Paatsalu_vallavalitsus, lk 7
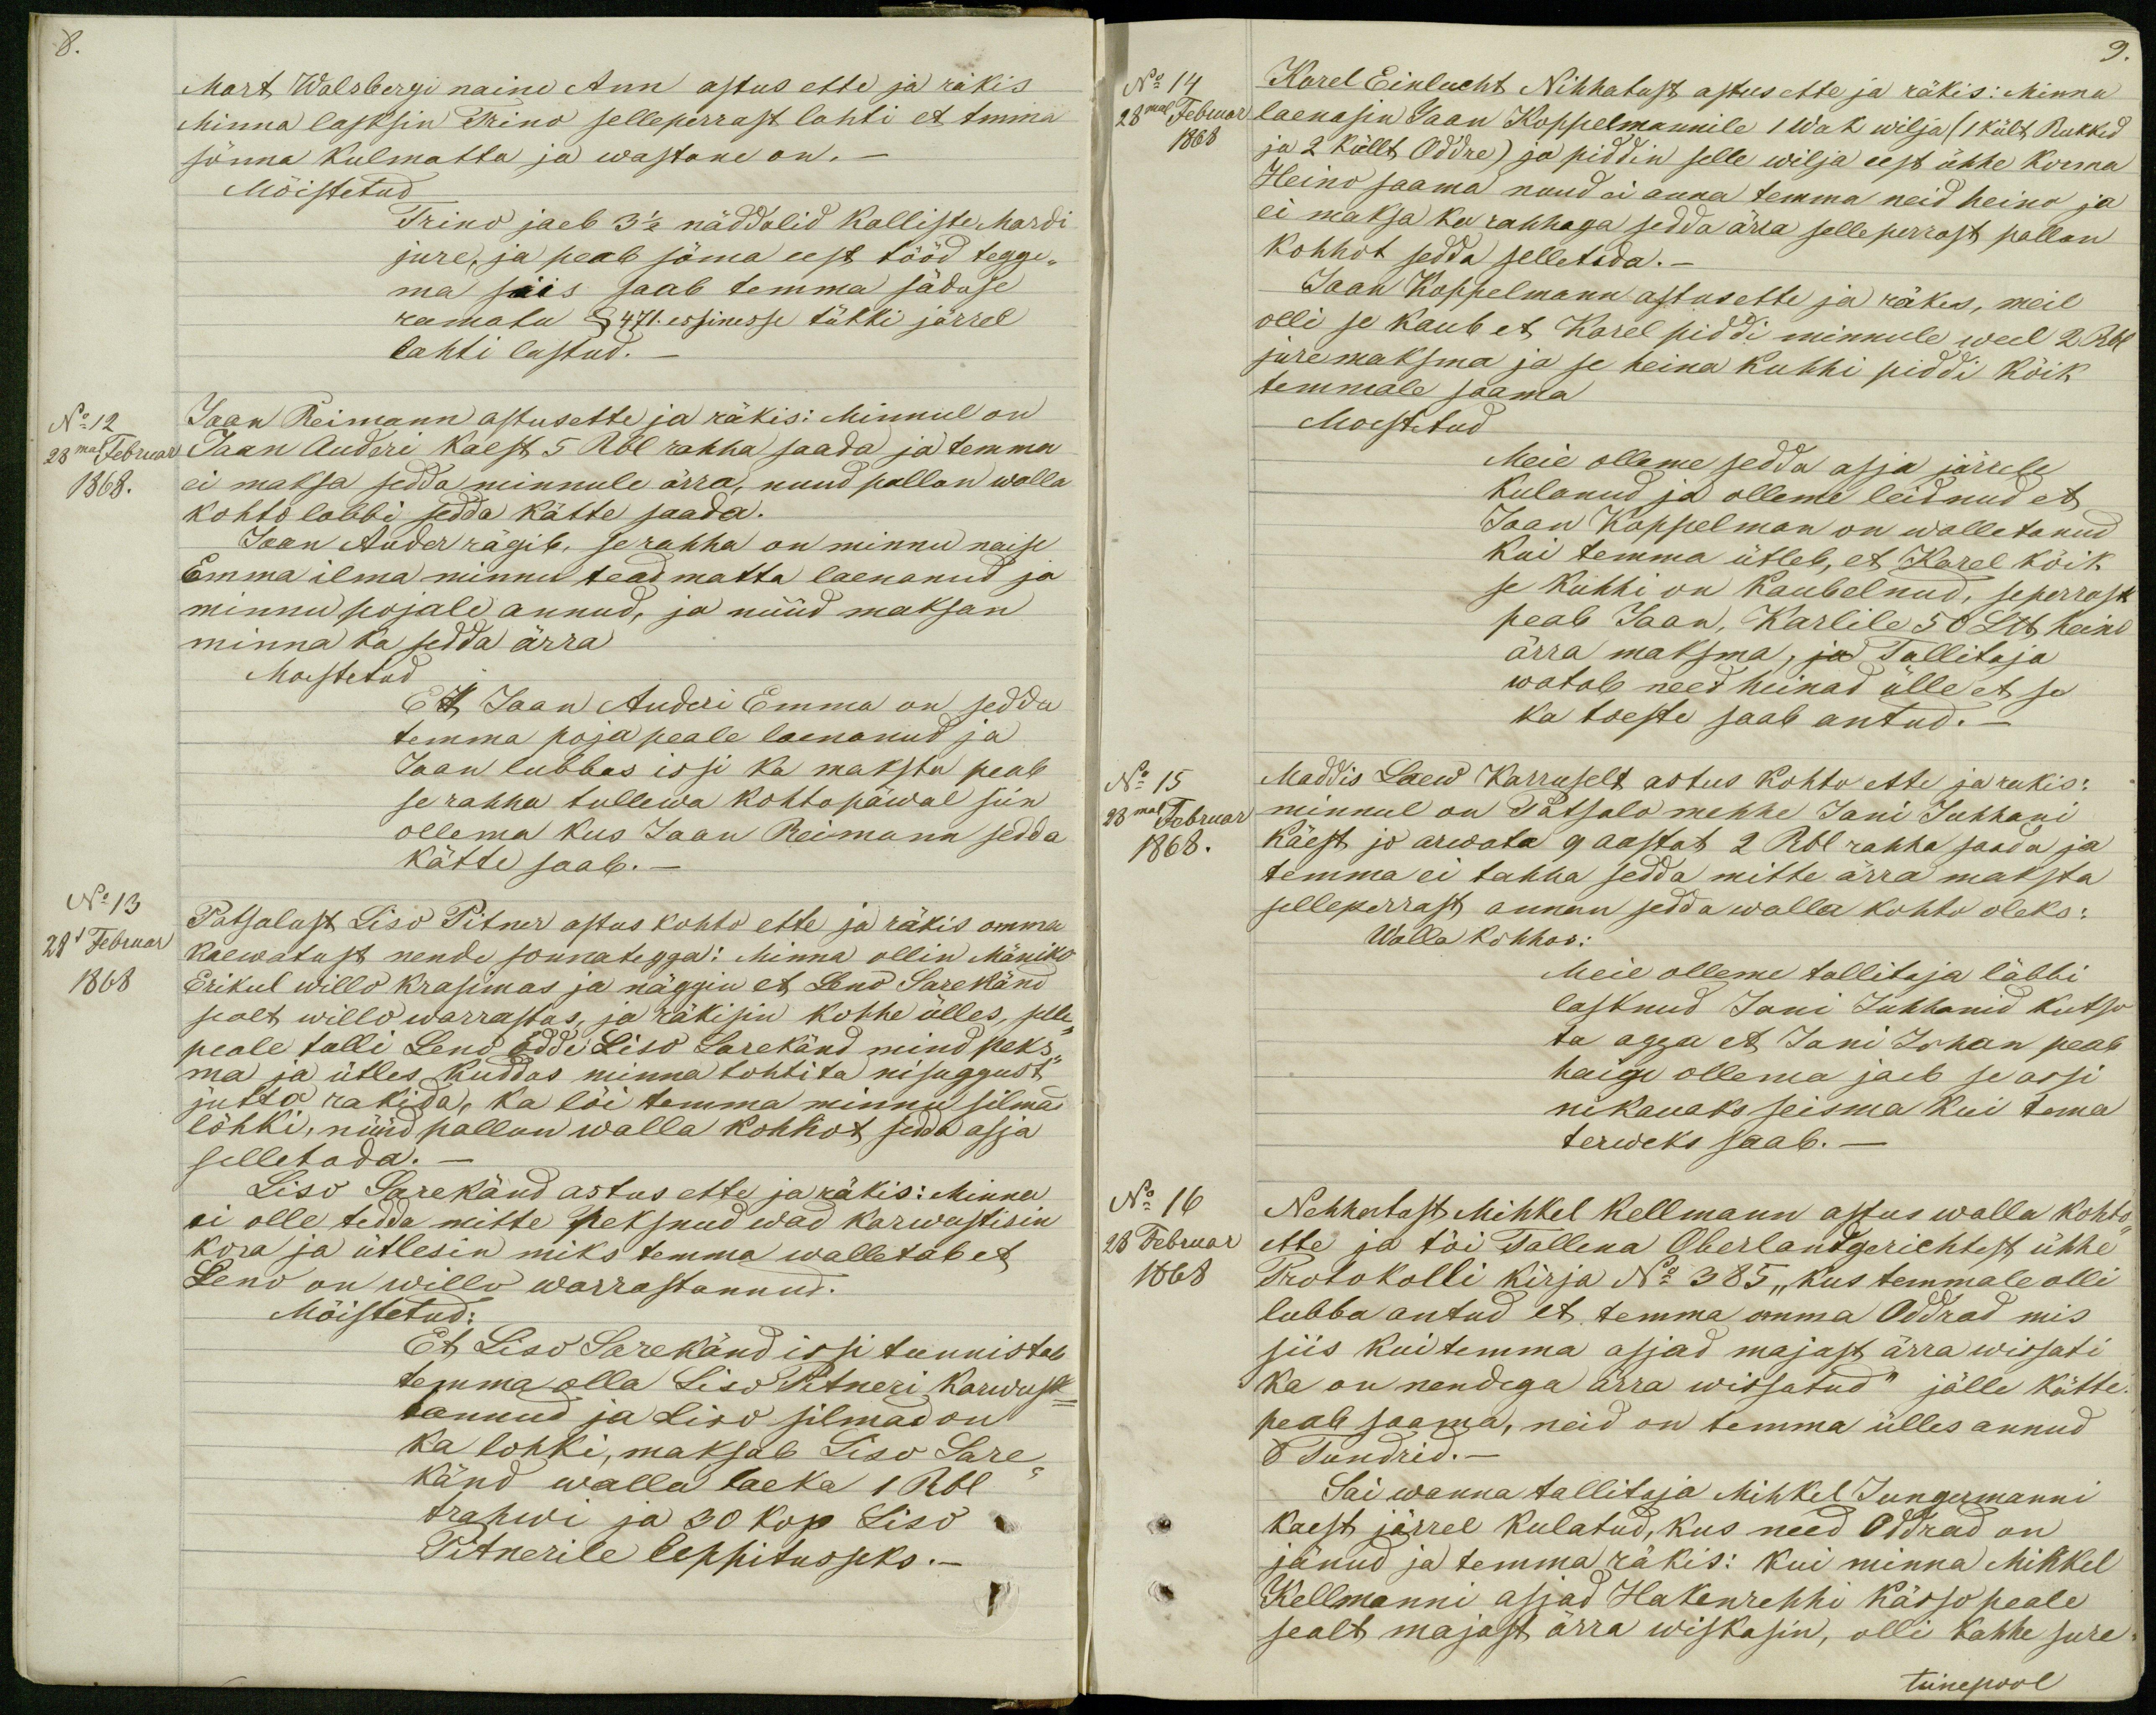
8.
Mart Walsbergi naine Ann astus ette ja räkis
Minna lasksin Trino selleperrast lahti et temma
sõnna kulmatta ja wastane on._
Mõistetud
Trino jaeb 3 1/2 näddalid Kalliste Mardi
jure, ja peab söma eest tööd tegge-
ma siis saab temma säduse
ramatu § 471. essinesse tükki järrel
lahti lastud. _
No 12
Jaan Reimann astus ette ja räkis: Minnul on
28mal Februar
Jaan Auderi kaest 5 Rbl rahha saada ja temma
1868.
ei maksa sedda minnule ärra, nuud pallun walla
kohto labbi sedda kätte saada.
Jaan Auder rägib, se rahha on minnu naise
Emma ilma minnu teadmatta laenanud ja
minnu pojale annud, ja nüüd maksan
minna ka sedda ärra
Moistetud
Et Jaan Auderi Emma on sedda
temma poja peale laenanud ja
Jaan lubbas issi ka maksta peab
se rahha tullewa kohtopäwal siin
ollema kus Jaan Reimann sedda
kätte saab._
No 13
Patsalust Liso Pitner astus kohto ette ja räkis omma
28l Februar
kaewatust nende sonnategga: Minna ollin Mäniko
1868
Erikul willo krasimas ja näggin et Leno Sarekänd
sealt willo warrastas, ja räkisin kohhe ülles, selle-
peale tulli Leno odde Liso Sarekänd mind peks-
ma ja ütles kuddas minna tohtita nisuggust
jutto rakida, ka lõi temma minnu silmad
lõhki, nüüd pallun walla kohhot sedda asja
selletada._
Liso Sarekänd astus ette ja räkis: Minna
ei olle tedda mitte peksnud wad karwustisin
kora ja ütlesin miks temma walletab et
Leno on willo warrastannud.
Mõistetud:
Et Liso Sarekänd issi tunnistab
temma olla Liso Pitneri karwust-
tannud ja Liso silmad on
ka lohki, maksab Liso Sare-
känd walla laeka 1 Rbl
trahwi ja 30 kop Liso
Pitnerile leppitusseks._

No 14
Karel Einlucht Nihhatust astus ette ja räkis: Minna
28mal Februar
1868
laenasin Jaan Koppelmannile 1 Wak wilja (1 kült Rukkid
ja 2 küllt Oddre) ja piddin selle wilja eest ühhe korma
Heino saama nuud ei anna temma neid heino ja
ei maksa ka rahhaga sedda ärra selleperrast pallun
kohhot sedda selletada.-
Jaan Koppelmann astus ette ja räkis, meil
olli se kaub et Karel piddi minnule weel 2 Rbl
jure maksma ja se heina kuhhi piddi kõik
temmale saama
Moestetud
Meie olleme sedda asja järrele
Kulanud ja olleme leidnud et
Jaan Kappelman on walletanud
kui temma ütleb, et Karel kõik
se kuhhi on kaubelnud, seperrast
peab Jaan, Karlile 50 Llb, heino
ärra maksma, ja Tallitaja
watab need heinad ülle et se
ka toeste saab antud._
No 15
Maddis Laew Karruselt astus kohto ette ja rakis:
28mal Februar
minnul on Patsalo mehhe Jani Juhhani
1868.
käest jo arwata 9 aastat 2 Rbl rahha saada ja
temma ei tahha sedda mitte ärra maksta
selleperrast annan sedda walla kohto oleks:
Walla kohhos:
Meie olleme tallitaja läbbi
lasknud Jani Juhhanid kutso
ta agga et Jani Juhan peab
haige ollema jaeb se assi
nikauaks seisma kui tema
terweks saab._
No 16
Nehhatust Mihkel Kellmann astus walla kohto-
28 Februar
ette ja tõi Tallena Oberlandgerichtest ühhe
1868
Protokolli kirja No 385 "kus temmale olli
lubba antud et temma omma Oddrad mis
siis kui temma asjad majast ärra wissati
Ka on nendega ärra wissatud" jälle kätte
peale saama, neid on temma ülles annud
8 Tundrid._
Sai wanna tallitaja Mihkel Jungermanni
kaest järrel kulatud, kus need Oddrad on
jänud ja temma räkis: kui minna Mihkel
Kellmanni asjad Hakenrehhi kässo peale
sealt majast ärra wiskasin, olli kahhe sure
teinepool